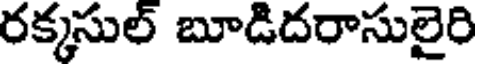
రక్కసుల్ బూడిదరాసులైరి